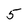
Character: 5